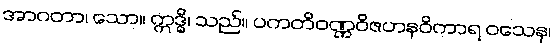
အာဂတာ၊ သော။ ဣဒ္ဓိ၊ သည်။ ပကတိဝဏ္ဏဝိဇဟနဝိကာရ ဝသေန၊